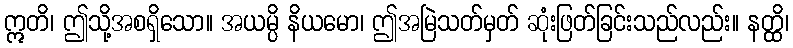
ဣတိ၊ ဤသို့အစရှိသော။ အယမ္ပိ နိယမော၊ ဤအမြဲသတ်မှတ် ဆုံးဖြတ်ခြင်းသည်လည်း။ နတ္ထိ၊